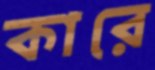
কারে